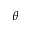
\boldsymbol { \theta }